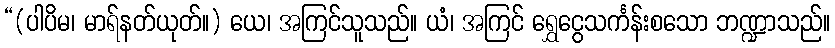
“(ပါပိမ၊ မာရ်နတ်ယုတ်။) ယေ၊ အကြင်သူသည်။ ယံ၊ အကြင် ရွှေငွေသင်္ကန်းစသော ဘဏ္ဍာသည်။